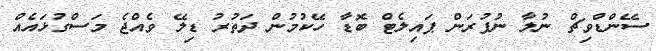
ސޭންޑްވިޗް ނުލާ ނުފުރަން ޕައިލެޓް ބޮޑާ ހޭކުމުން ދަތުރު ޑިލޭ ވެއްޖެ މަސްގުޅައެއް